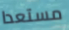
مستعدا